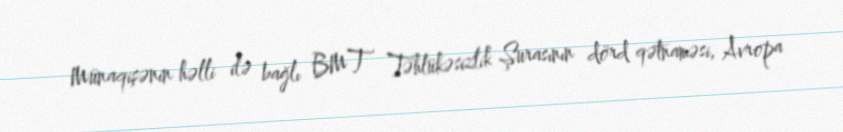
Münaqişənin həlli ilə bağlı BMT Təhlükəsizlik Şurasının dörd qətnaməsi, Avropa